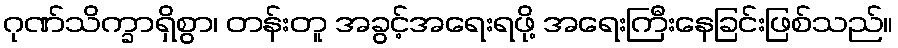
ဂုဏ်သိက္ခာရှိစွာ၊ တန်းတူ အခွင့်အရေးရဖို့ အရေးကြီးနေခြင်းဖြစ်သည်။